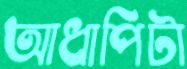
আধাপিটা